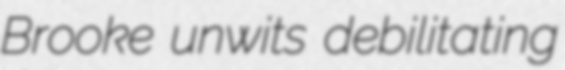
Brooke unwits debilitating